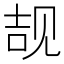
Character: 𲁕